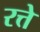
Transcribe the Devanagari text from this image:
रत्ते